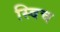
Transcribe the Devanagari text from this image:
स्‍विच